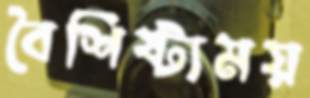
বৈশিষ্ট্যময়